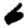
Digit: 6